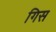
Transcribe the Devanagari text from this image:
गिस